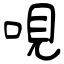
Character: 哯